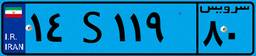
۹۳S۸۳۰۲۳